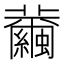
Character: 𦇂